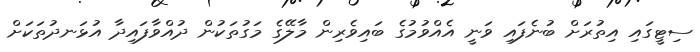
ސިޓީގައި އިތުރަށް ބުނެފައި ވަނީ އެއްވުމުގެ ބައިވެރިން މާލޭގެ މަގުތަކުން ދުއްވާފައިދާ އުޅަނދުތަކަށް